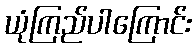
ယုံကြည်ပါကြောင်း